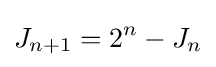
J_{n+1}=2^{n}-J_{n}